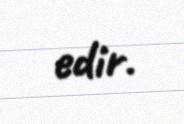
edir.